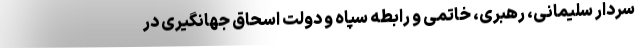
سردار سلیمانی، رهبری، خاتمی و رابطه سپاه و دولت اسحاق جهانگیری در